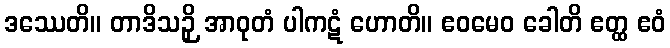
ဒဿေတိ။ တာဒိသဉှိ အာဝုတံ ပါကဋံ ဟောတိ။ ဧဝမေဝ ခေါတိ ဧတ္ထ ဧဝံ